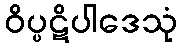
ဝိပ္ပဋိပါဒေသုံ